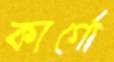
কার্গো